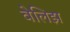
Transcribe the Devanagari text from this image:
वेलिझ